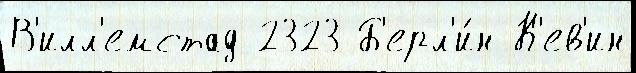
В'илл'емстад 2323 Б'ерл'и́н К'ев'ин